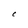
Character: C